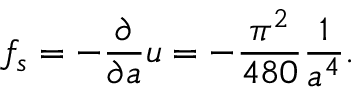
f _ { s } = - { \frac { \partial } { \partial a } } u = - { \frac { \pi ^ { 2 } } { 4 8 0 } } { \frac { 1 } { a ^ { 4 } } } .